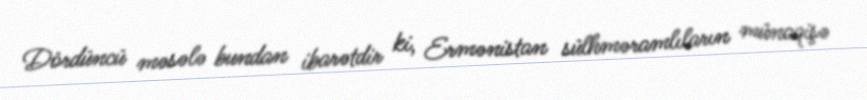
Dördüncü məsələ bundan ibarətdir ki, Ermənistan sülhməramlıların münaqişə